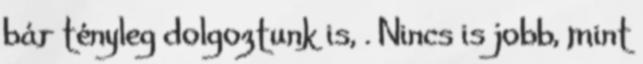
bár tényleg dolgoztunk is, . Nincs is jobb, mint